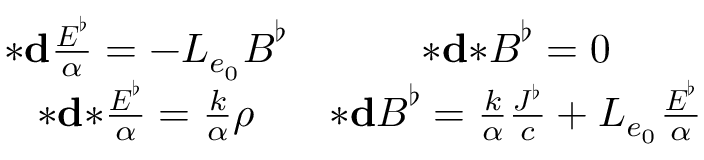
\begin{array} { c c } { { \boldsymbol { * } } \mathbf { d } \frac { \boldsymbol { E } ^ { \flat } } { \alpha } = - L _ { e _ { 0 } } \boldsymbol { B } ^ { \flat } } & { { \boldsymbol { * } } \mathbf { d } { \boldsymbol { * } } \boldsymbol { B } ^ { \flat } = 0 } \\ { { \boldsymbol { * } } \mathbf { d } { \boldsymbol { * } } \frac { \boldsymbol { E } ^ { \flat } } { \alpha } = \frac { k } { \alpha } \rho } & { { \boldsymbol { * } } \mathbf { d } \boldsymbol { B } ^ { \flat } = \frac { k } { \alpha } \frac { \boldsymbol { J ^ { \flat } } } { c } + L _ { e _ { 0 } } \frac { \boldsymbol { E } ^ { \flat } } { \alpha } } \end{array}